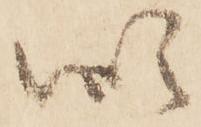
似